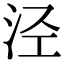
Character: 泾